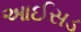
આઈસડ